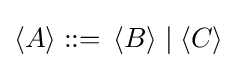
\langle A\rangle ::=\,\langle B\rangle \mid \langle C\rangle